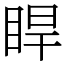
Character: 睅